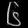
Digit: ၆